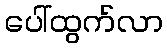
ပေါ်ထွက်လာ